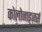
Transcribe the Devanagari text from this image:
कोलोनाइज़र्स